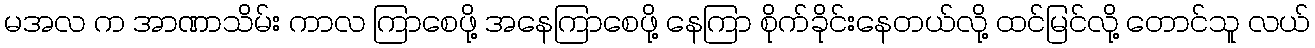
မအလ က အာဏာသိမ်း ကာလ ကြာစေဖို့ အနေကြာစေဖို့ နေကြာ စိုက်ခိုင်းနေတယ်လို့ ထင်မြင်လို့ တောင်သူ လယ်